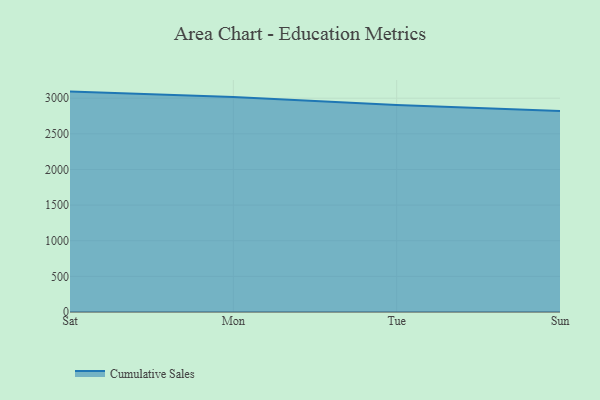
{"axis": {"x": "Day", "y": "Gross Profit (USD K)"}, "legend": ["Cumulative Sales"], "data": [{"x": "Sat", "y": 3092.4, "type": "Cumulative Sales"}, {"x": "Mon", "y": 3017.5, "type": "Cumulative Sales"}, {"x": "Tue", "y": 2905.3, "type": "Cumulative Sales"}, {"x": "Sun", "y": 2819.3, "type": "Cumulative Sales"}]}